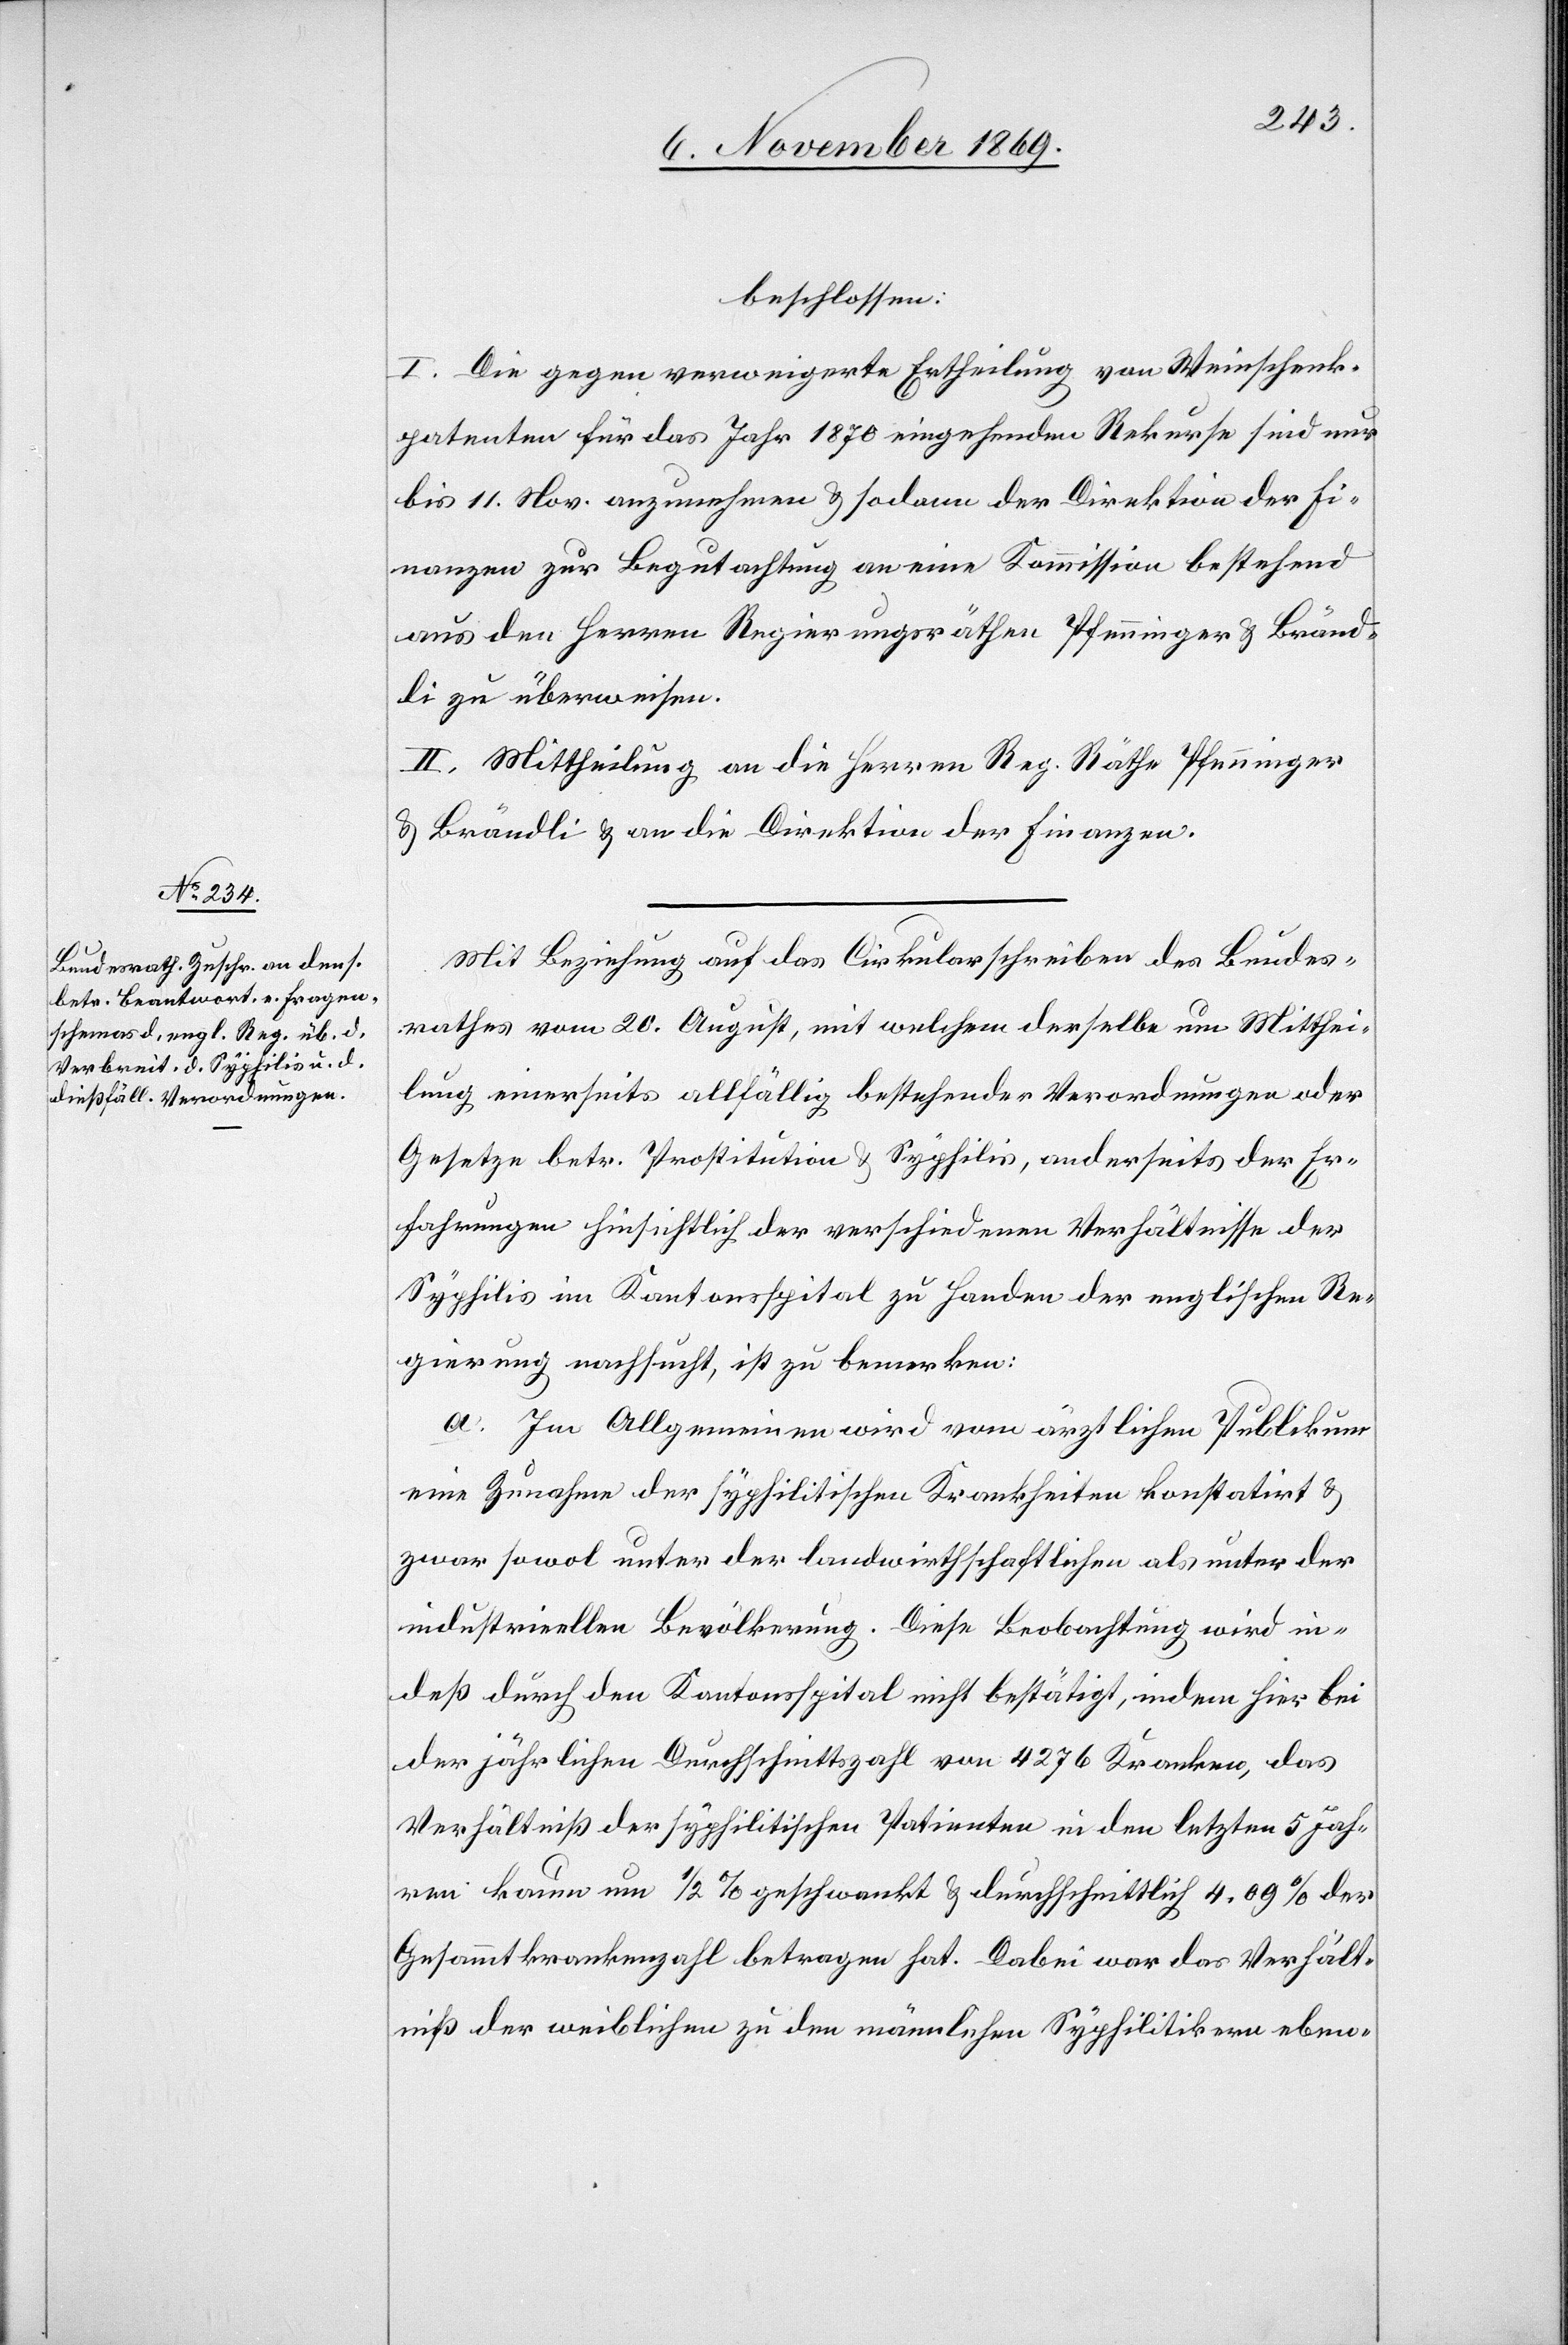
beschlossen:
I. Die gegen verweigerte Ertheilung von Weinschenk¬
patenten für das Jahr 1870 eingehenden Rekurse sind nur
bis 11. Nov. anzunehmen & sodann der Direktion der Fi¬
nanzen zur Begutachtung an eine Kommission bestehend
aus den Herren Regierungsräthen Pfenninger & Bränd¬
li zu überweisen.
II. Mittheilung an die Herren Reg. Räthe Pfenninger
& Brändli & an die Direktion der Finanzen.
Mit Beziehung auf das Cirkularschreiben des Bundes¬
rathes vom 20. August, mit welchem derselbe um Mitthei¬
lung einerseits allfällig bestehender Verordnungen oder
Gesetze betr. Prostitution & Syphilis, anderseits der Er¬
fahrungen hinsichtlich der verschiedenen Verhältnisse der
Syphilis im Kantonsspital zu Handen der englischen Re¬
gierung nachsucht, ist zu bemerken:
a. Im Allgemeinen wird vom ärztlichen Publikum
eine Zunahme der syphilitischen Krankheiten konstatirt &
zwar sowol unter der landwirthschaftlichen als unter der
industrieellen Bevölkerung. Diese Beobachtung wird in¬
deß durch den Kantonsspital nicht bestätigt, indem hier bei
der jährlichen Durchschnittszahl von 4276 Kranken, das
Verhältniß der syphilitischen Patienten in den letzten 5 Jah¬
ren kaum um 1/2% geschwankt & durchschnittlich 4,09% der
Gesammtkrankenzahl betragen hat. Dabei war das Verhält¬
niß der weiblichen zu den männlichen Syphilitikern eben-